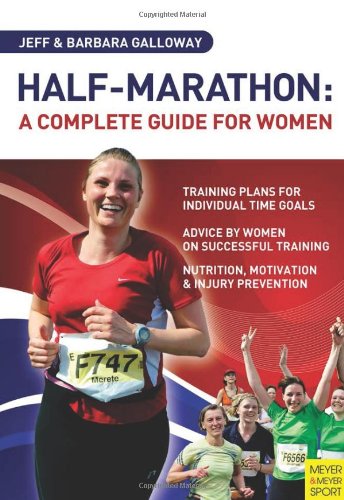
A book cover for Half-Marathon: A Complete Guide for Women; Jeff Galloway; Health, Fitness & Dieting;